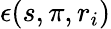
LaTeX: \epsilon(s,\pi,r_{i})